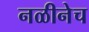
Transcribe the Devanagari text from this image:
नळीनेच